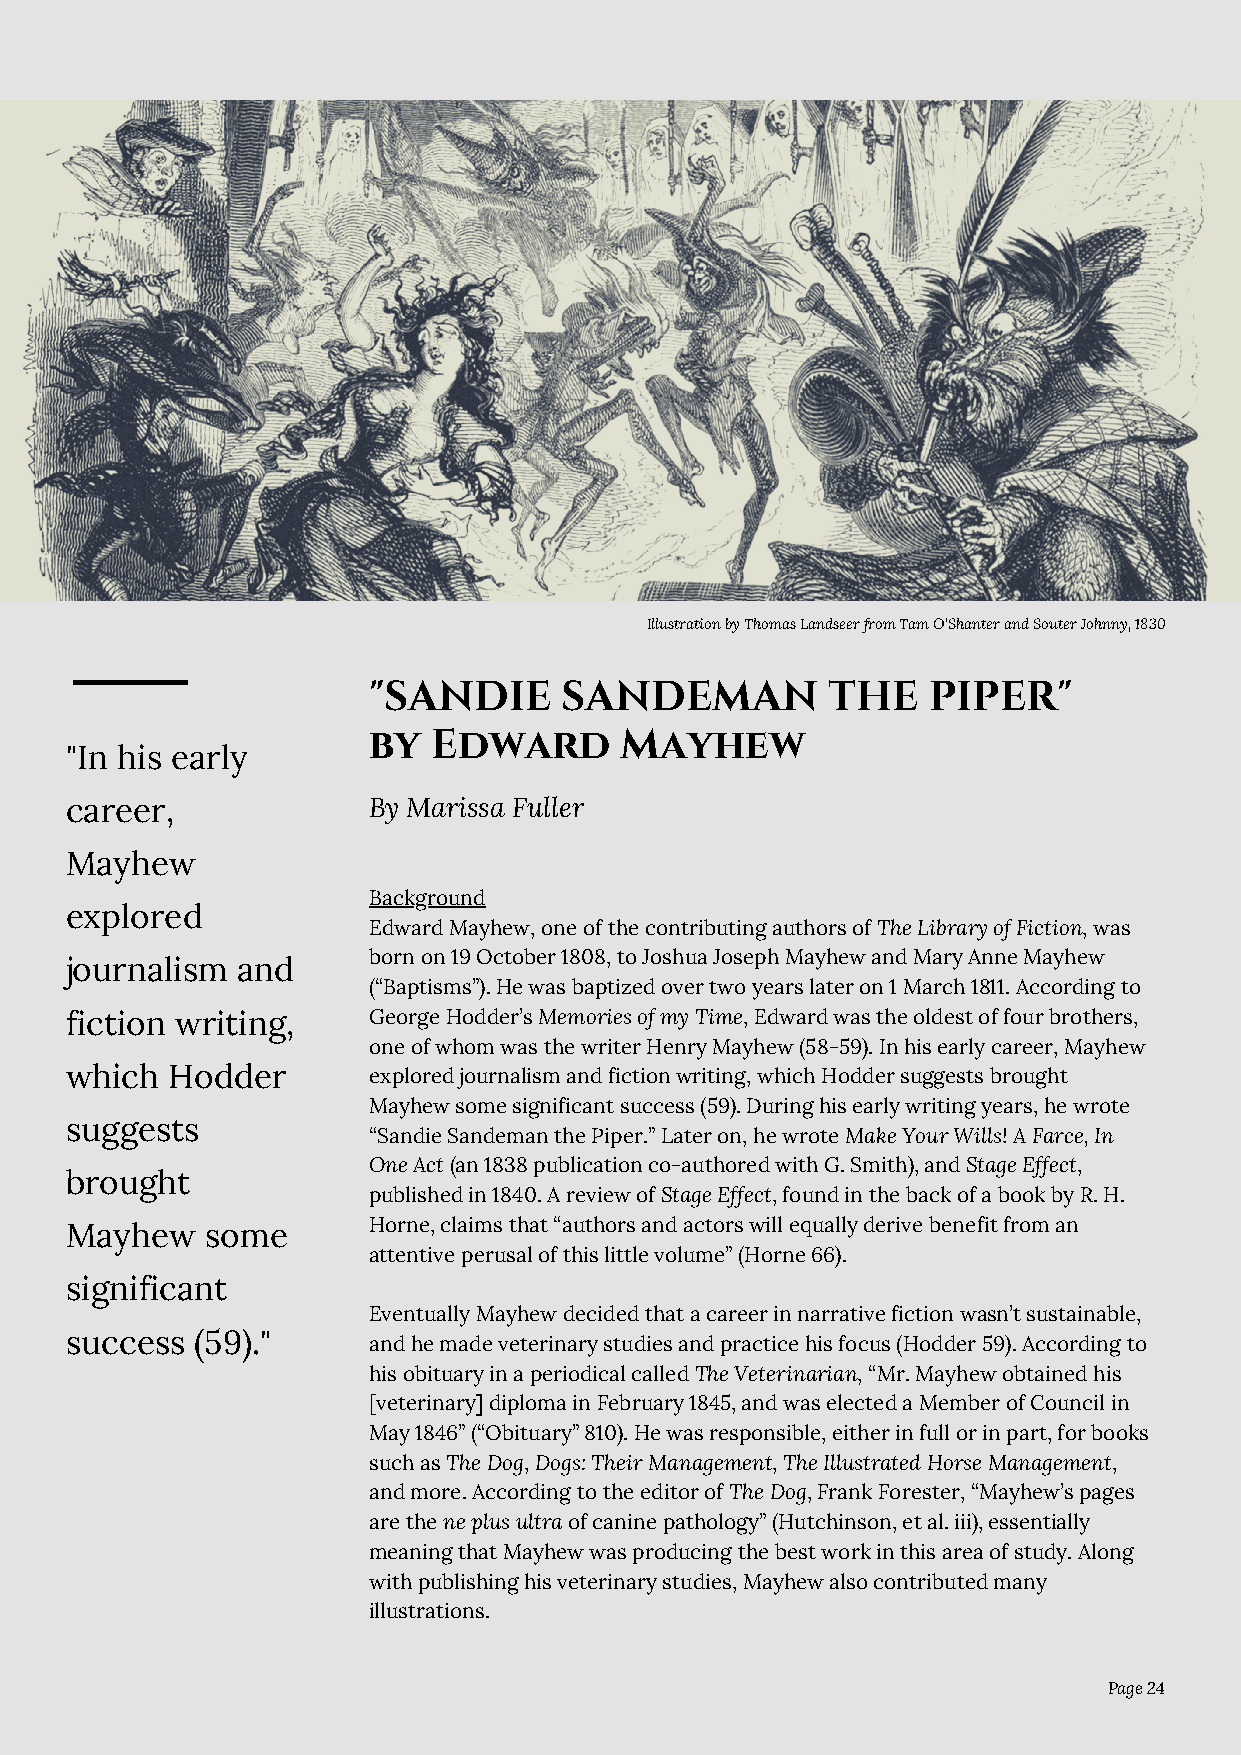
Illustration by Thomas Landseer from Tam O'Shanter and Souter Johnny, 1830
 "SANDIE      SANDEMAN          THE   PIPER"
 by   Edward      Mayhew
 "In his early
 career,             By Marissa Fuller
 Mayhew
 Background
 explored
 Edward Mayhew, one of the contributing authors of The Library of Fiction, was
 born on 19 October 1808, to Joshua Joseph Mayhew and Mary Anne Mayhew
 journalism  and
 (“Baptisms”). He was baptized over two years later on 1 March 1811. According to
 fiction writing,    George Hodder’s Memories of my Time, Edward was the oldest of four brothers,
 one of whom was the writer Henry Mayhew (58-59). In his early career, Mayhew
 which  Hodder       explored journalism and fiction writing, which Hodder suggests brought
 Mayhew some significant success (59). During his early writing years, he wrote
 suggests
 “Sandie Sandeman the Piper.” Later on, he wrote Make Your Wills! A Farce, In
 One Act (an 1838 publication co-authored with G. Smith), and Stage Effect,
 brought
 published in 1840. A review of Stage Effect, found in the back of a book by R. H.
 Horne, claims that “authors and actors will equally derive benefit from an
 Mayhew    some
 attentive perusal of this little volume” (Horne 66).
 significant
 Eventually Mayhew decided that a career in narrative fiction wasn’t sustainable,
 success  (59)."     and he made veterinary studies and practice his focus (Hodder 59). According to
 his obituary in a periodical called The Veterinarian, “Mr. Mayhew obtained his
 [veterinary] diploma in February 1845, and was elected a Member of Council in
 May 1846” (“Obituary” 810). He was responsible, either in full or in part, for books
 such as The Dog, Dogs: Their Management, The Illustrated Horse Management,
 and more. According to the editor of The Dog, Frank Forester, “Mayhew’s pages
 are the ne plus ultra of canine pathology” (Hutchinson, et al. iii), essentially
 meaning that Mayhew was producing the best work in this area of study. Along
 with publishing his veterinary studies, Mayhew also contributed many
 illustrations.
 Page 24